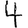
Digit: 4